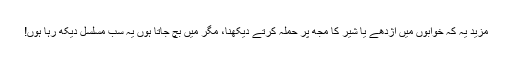
مزید یہ کہ خوابوں میں اژدھے یا شیر کا مجھ پر حملہ کرتے دیکھنا، مگر میں بچ جاتا ہوں یہ سب مسلسل دیکھ رہا ہوں!